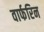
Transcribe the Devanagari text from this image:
वार्फरिन